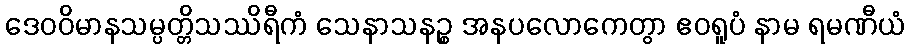
ဒေဝဝိမာနသမ္ပတ္တိသဿိရီကံ သေနာသနဉ္စ အနပလောကေတွာ ဧဝရူပံ နာမ ရမဏီယံ